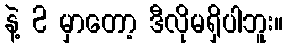
နဲ့ 2 မှာတော့ ဒီလိုမရှိပါဘူး။